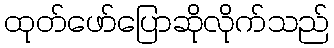
ထုတ်ဖော်ပြောဆိုလိုက်သည်